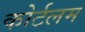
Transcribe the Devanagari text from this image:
कोर्टलम